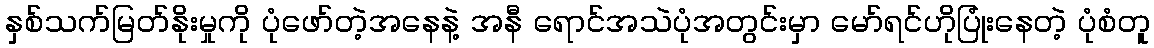
နှစ်သက်မြတ်နိုးမှုကို ပုံဖော်တဲ့အနေနဲ့ အနီ ရောင်အသဲပုံအတွင်းမှာ မော်ရင်ဟိုပြုံးနေတဲ့ ပုံစံတူ